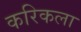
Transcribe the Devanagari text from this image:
करिकला